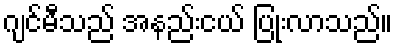
ဂျင်မီသည် အနည်းငယ် ပြုံးလာသည်။